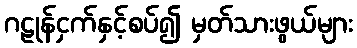
ဂဠုန်ငှက်နှင့်စပ်၍ မှတ်သားဖွယ်များ